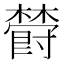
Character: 𣝪